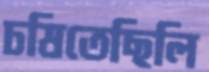
চষিতেছিলি